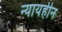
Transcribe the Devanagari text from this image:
न्यायहीन